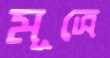
মূত্রে